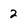
Character: 2